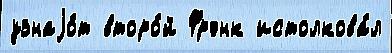
узнаjо́т второ́й Фрэнк истолкова́л